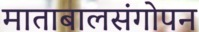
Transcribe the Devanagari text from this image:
माताबालसंगोपन